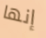
إنها